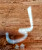
لي